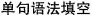
单句语法填空